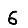
Digit: 6